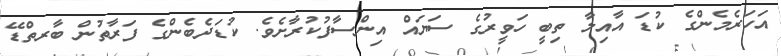
އަހަރެމެންގެ ކުޑަ އާއިލާ ތިބީ ހަވީރުގެ ސަޔައް އިންސާފުކުރާށެވެ. ކުޑަދެބެންގެ ފަރާތުން ބާރތްޑޭ